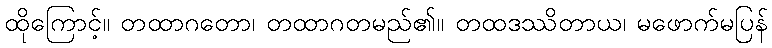
ထိုကြောင့်။ တထာဂတော၊ တထာဂတမည်၏။ တထဒဿိတာယ၊ မဖောက်မပြန်